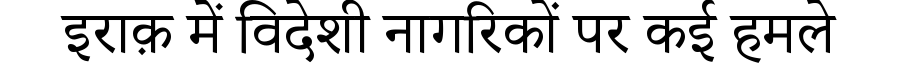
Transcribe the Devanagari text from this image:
इराक़ में विदेशी नागरिकों पर कई हमले